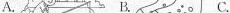
A. B. C.